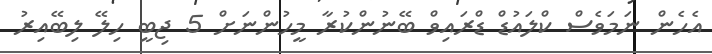
އެހެން ނަމަވެސް ކްލައުޑް ޑްރައިވް ބޭނުންކުރާ މީހުންނަށް 5 ޖިބީ ހިލޭ ލިބޭއިރު